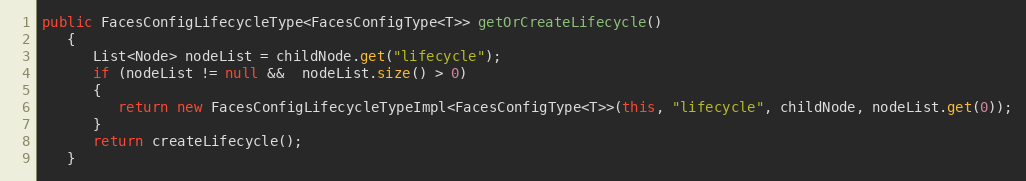
Language: Java
public FacesConfigLifecycleType<FacesConfigType<T>> getOrCreateLifecycle()
   {
      List<Node> nodeList = childNode.get("lifecycle");
      if (nodeList != null &&  nodeList.size() > 0)
      {
         return new FacesConfigLifecycleTypeImpl<FacesConfigType<T>>(this, "lifecycle", childNode, nodeList.get(0));
      }
      return createLifecycle();
   }